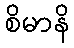
စိမာနိ